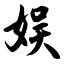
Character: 娱